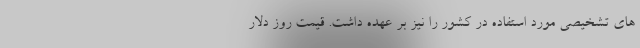
های تشخیصی مورد استفاده در کشور را نیز بر عهده داشت. قیمت روز دلار